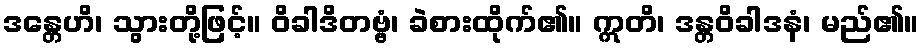
ဒန္တေဟိ၊ သွားတို့ဖြင့်။ ဝိခါဒိတဗ္ဗံ၊ ခဲစားထိုက်၏။ ဣတိ၊ ဒန္တဝိခါဒနံ၊ မည်၏။